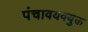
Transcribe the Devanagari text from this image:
पंचावयवयुक्त